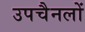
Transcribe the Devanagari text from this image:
उपचैनलों